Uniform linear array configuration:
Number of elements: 48
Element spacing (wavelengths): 0.25
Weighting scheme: binomial
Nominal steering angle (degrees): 0
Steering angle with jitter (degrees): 1.064
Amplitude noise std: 0.05
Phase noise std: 0.05

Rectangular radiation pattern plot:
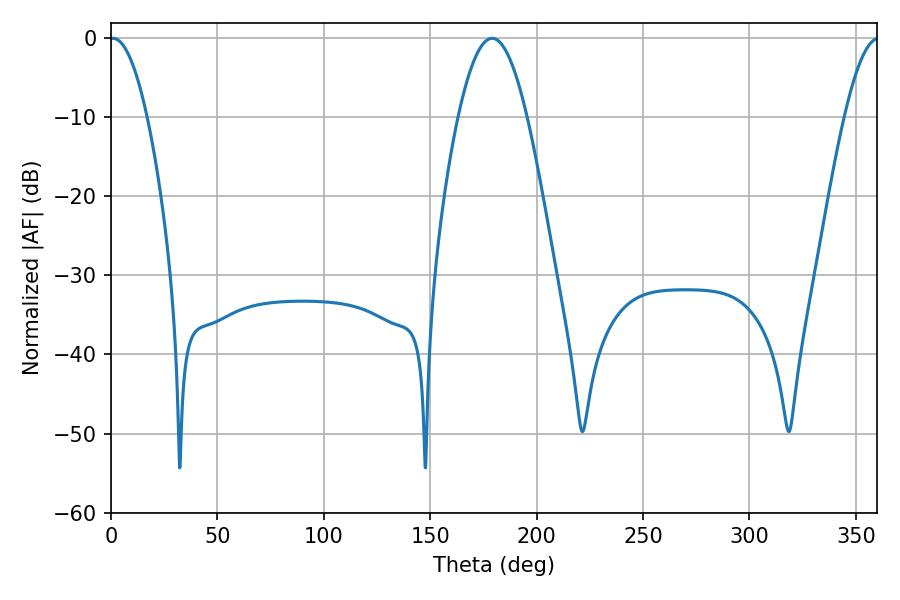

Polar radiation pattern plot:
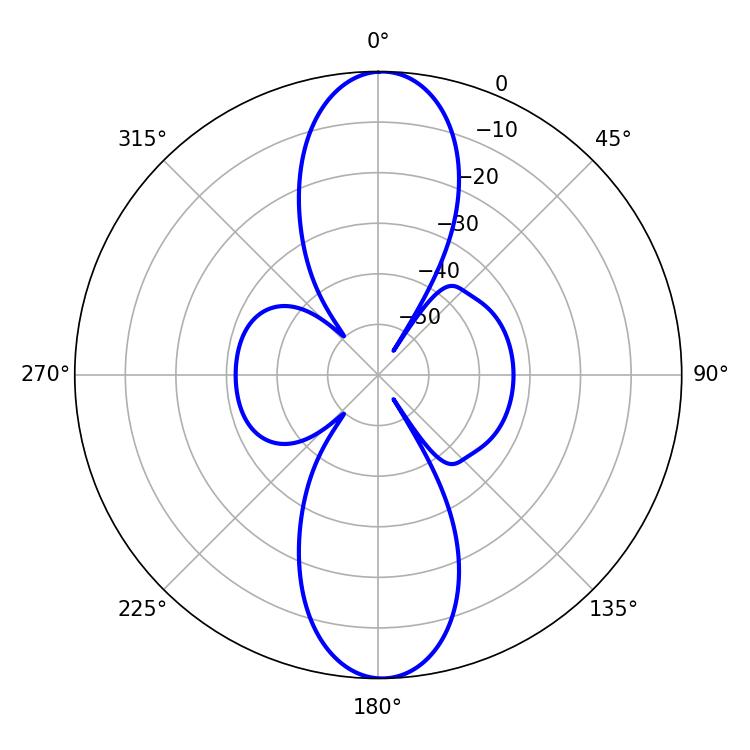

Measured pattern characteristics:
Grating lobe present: FALSE
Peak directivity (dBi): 23.608
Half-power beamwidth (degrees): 9.72
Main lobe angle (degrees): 0.9